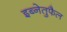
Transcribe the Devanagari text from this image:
इब्नेतुफैल